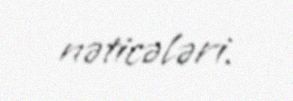
nəticələri.